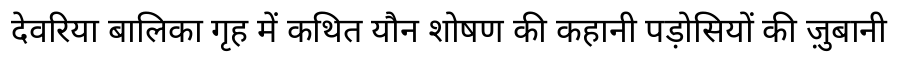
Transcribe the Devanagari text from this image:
देवरिया बालिका गृह में कथित यौन शोषण की कहानी पड़ोसियों की ज़ुबानी